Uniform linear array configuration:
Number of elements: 16
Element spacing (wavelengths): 1
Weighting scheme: kaiser
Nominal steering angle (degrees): -15
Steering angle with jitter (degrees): -16.821
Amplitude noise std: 0.05
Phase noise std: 0.05

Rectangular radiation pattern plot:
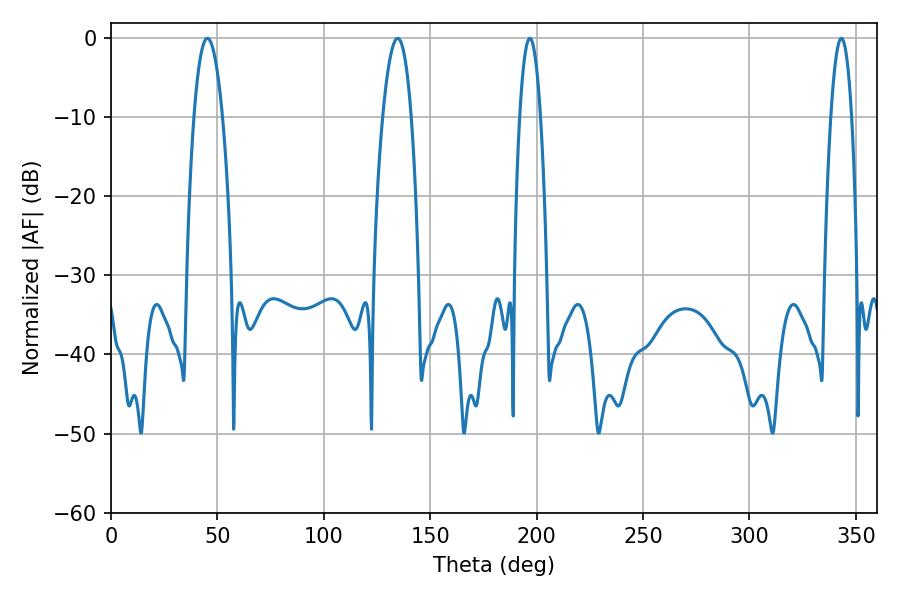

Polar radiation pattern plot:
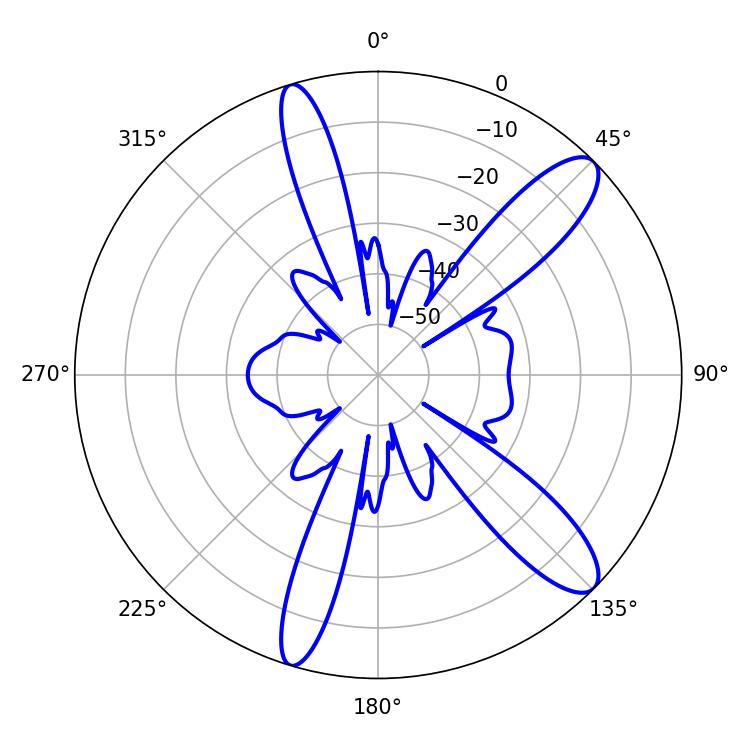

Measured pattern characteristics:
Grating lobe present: TRUE
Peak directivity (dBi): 11.572
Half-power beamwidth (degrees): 7.38
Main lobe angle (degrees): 45.36